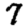
Digit: 7